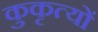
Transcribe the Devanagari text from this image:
कुकृत्‍यों